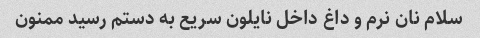
سلام نان نرم و داغ داخل نایلون سریع به دستم رسید ممنون